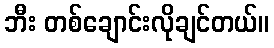
ဘီး တစ်ချောင်းလိုချင်တယ်။